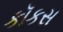
કૉકસ